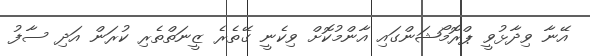
އޭނާ ވިދާޅުވީ ޕްރޮމޯޝަންގައި އާންމުކޮށް ވިކެނީ ގޭތެރެ ޒީނަތްތެރި ކުރަން އަދި ސާފު